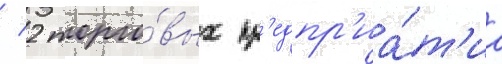
/ 2 торго́вых пр'едпр'иа́т'иа